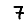
Digit: 7